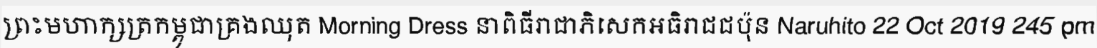
ព្រះមហាក្សត្រកម្ពុជាគ្រងឈុត Morning Dress នាពិធីរាជាភិសេកអធិរាជជប៉ុន Naruhito 22 Oct 2019 245 pm